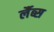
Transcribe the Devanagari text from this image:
र्लैब्स